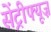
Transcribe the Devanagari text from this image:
सेंट्रीफ्यूज़